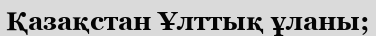
Қазақстан Ұлттық ұланы;